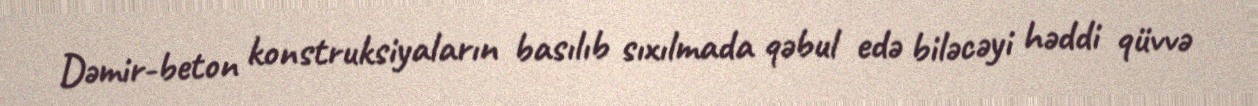
Dəmir-beton konstruksiyaların basılıb sıxılmada qəbul edə biləcəyi həddi qüvvə